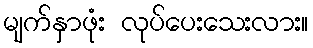
မျက်နှာဖုံး လုပ်ပေးသေးလား။